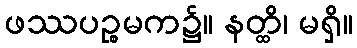
ဖဿပဉ္စမက၌။ နတ္ထိ၊ မရှိ။